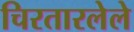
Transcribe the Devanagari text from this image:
चिरतारलेले